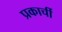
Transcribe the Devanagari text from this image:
प्रकार्ची